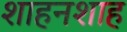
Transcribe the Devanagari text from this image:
शाहनशाह